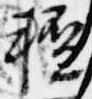
軽